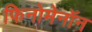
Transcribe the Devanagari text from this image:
फिनोमेनॉन